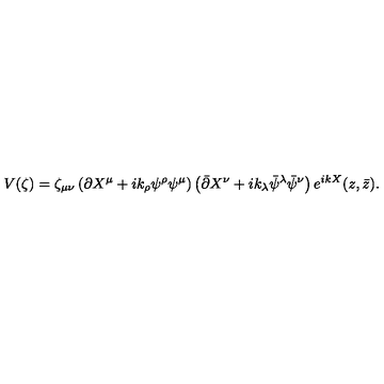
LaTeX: V ( \zeta ) = \zeta _ { \mu \nu } \left( \partial X ^ { \mu } + i k _ { \rho } \psi ^ { \rho } \psi ^ { \mu } \right) \left( \bar { \partial } X ^ { \nu } + i k _ { \lambda } \bar { \psi } ^ { \lambda } \bar { \psi } ^ { \nu } \right) e ^ { i k X } ( z , \bar { z } ) .